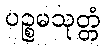
ပဉ္စမသုတ္တံ